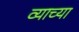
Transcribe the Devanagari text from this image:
व्याच्या